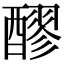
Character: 醪